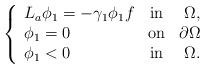
LaTeX: \begin{align*}\left\lbrace\begin{array}{lcr}L_a\phi_1=-\gamma_1\phi_1f& \textnormal{in}& \Omega,\\\phi_1=0 & \textnormal{on}& \partial\Omega\\\phi_1<0& \textnormal{in}& \Omega.\end{array}\right.\end{align*}